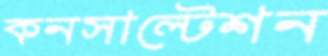
কনসাল্টেশন